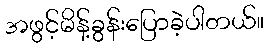
အဖွင့်မိန့်ခွန်းပြောခဲ့ပါတယ်။